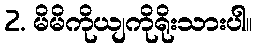
2. မိမိကိုယျကိုရိုးသားပါ။